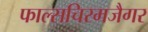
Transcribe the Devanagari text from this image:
फाल्सचिरमजैगर